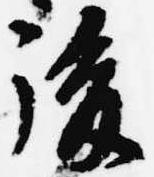
後